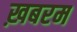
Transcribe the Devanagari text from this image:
ख़बरम